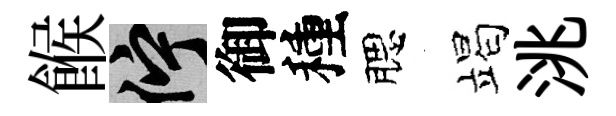
餱伫御種腮竭洮